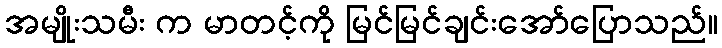
အမျိုးသမီး က မာတင့်ကို မြင်မြင်ချင်းအော်ပြောသည်။